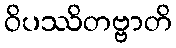
ဝိပဿိတဗ္ဗာတိ